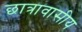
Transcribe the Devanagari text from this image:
छात्रावासीय